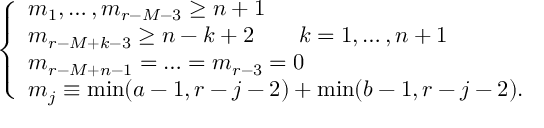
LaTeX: \left\{ \begin{array} { l } { { m _ { 1 } , \ldots , m _ { r - M - 3 } \geq n + 1 } } \\ { { m _ { r - M + k - 3 } \geq n - k + 2 \qquad k = 1 , \ldots , n + 1 } } \\ { { m _ { r - M + n - 1 } = \ldots = m _ { r - 3 } = 0 } } \\ { { m _ { j } \equiv \operatorname * { m i n } ( a - 1 , r - j - 2 ) + \operatorname * { m i n } ( b - 1 , r - j - 2 ) . } } \end{array} \right.